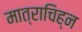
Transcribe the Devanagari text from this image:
मात्राचिह्न